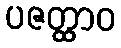
ပဇတ္ထာဝ